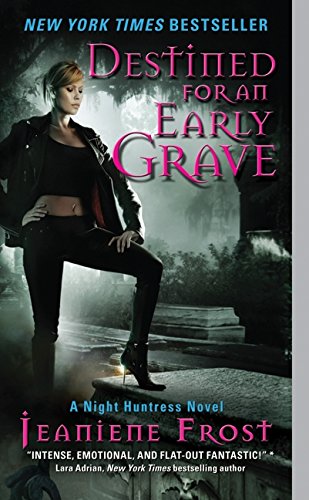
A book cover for Destined for an Early Grave (Night Huntress, Book 4); Jeaniene Frost; Romance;